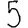
Digit: 5